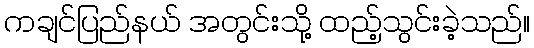
ကချင်ပြည်နယ် အတွင်းသို့ ထည့်သွင်းခဲ့သည်။